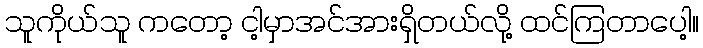
သူကိုယ်သူ ကတော့ ငါ့မှာအင်အားရှိတယ်လို့ ထင်ကြတာပေါ့။